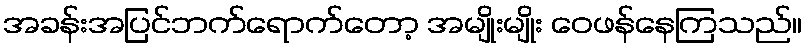
အခန်းအပြင်ဘက်ရောက်တော့ အမျိုးမျိုး ဝေဖန်နေကြသည်။